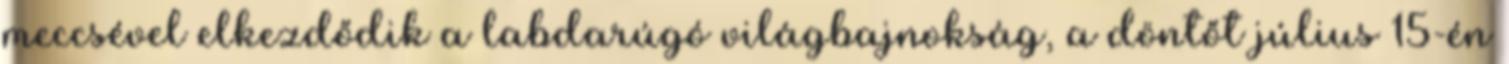
meccsével elkezdődik a labdarúgó világbajnokság, a döntőt július 15-én